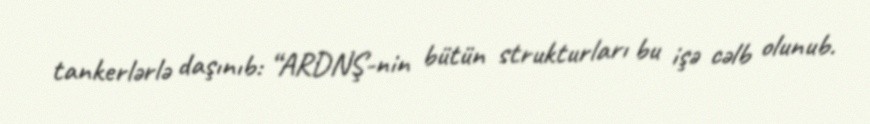
tankerlərlə daşınıb: “ARDNŞ-nin bütün strukturları bu işə cəlb olunub.